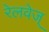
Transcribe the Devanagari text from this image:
रेलवेज्